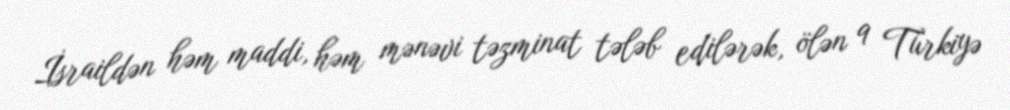
İsraildən həm maddi, həm mənəvi təzminat tələb edilərək, ölən 9 Türkiyə